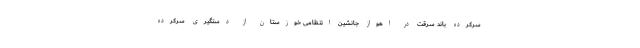
سرکرده باند سرقت در اهواز جانشین انتظامی خوزستان از دستگیری سرکرده